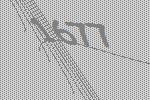
1677